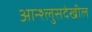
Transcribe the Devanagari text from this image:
आन्श्लुसदेखील